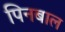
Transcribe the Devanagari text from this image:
पिनबाल